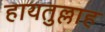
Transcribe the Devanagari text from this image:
हायतुल्लाह